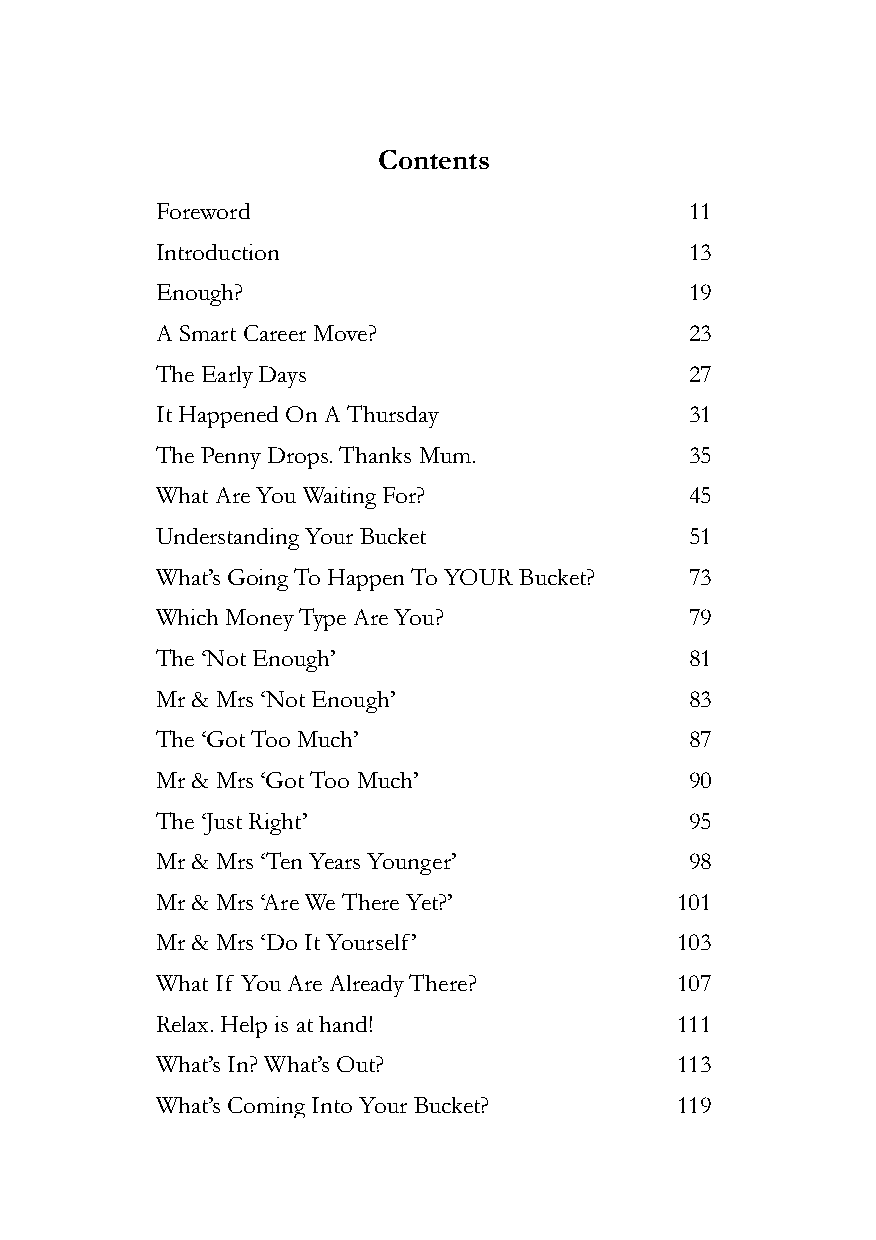
Contents
 Foreword                            11
 Introduction                        13
 Enough?                             19
 A Smart Career Move?                23
 The Early Days                      27
 It Happened On A Thursday           31
 The Penny Drops. Thanks Mum.        35
 What Are You Waiting For?           45
 Understanding Your Bucket           51
 What’s Going To Happen To YOUR Bucket? 73
 Which Money Type Are You?           79
 The ‘Not Enough’                    81
 Mr & Mrs ‘Not Enough’               83
 The ‘Got Too Much’                  87
 Mr & Mrs ‘Got Too Much’             90
 The ‘Just Right’                    95
 Mr & Mrs ‘Ten Years Younger’        98
 Mr & Mrs ‘Are We There Yet?’       101
 Mr & Mrs ‘Do It Yourself’          103
 What If You Are Already There?     107
 Relax. Help is at hand!            111
 What’s In? What’s Out?             113
 What’s Coming Into Your Bucket?    119
 9